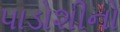
પાડોશીનો